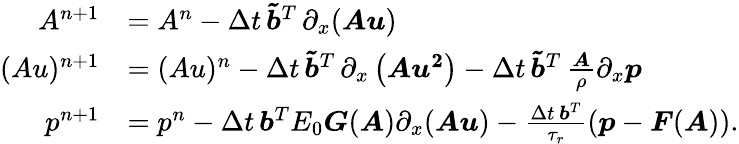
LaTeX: \begin{array}{rl}{A^{n+1}}&{=A^{n}-\Delta t\, \boldsymbol{\tilde{b}}^{T}\, \partial_{x}(\boldsymbol{Au})}\\ {(Au)^{n+1}}&{=(Au)^{n}-\Delta t\, \boldsymbol{\tilde{b}}^{T}\, \partial_{x}\left(\boldsymbol{Au^{2}}\right)-\Delta t\, \boldsymbol{\tilde{b}}^{T}\, \frac{\boldsymbol{A}}{\rho}\partial_{x}\boldsymbol{p}}\\ {p^{n+1}}&{=p^{n}-\Delta t\, \boldsymbol{b}^{T}E_{0}\boldsymbol{G}(\boldsymbol{A})\partial_{x}(\boldsymbol{Au})-\frac{\Delta t\, \boldsymbol{b}^{T}}{\tau_{r}}\left(\boldsymbol{p}-\boldsymbol{F}(\boldsymbol{A})\right).}\end{array}